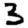
Digit: 3